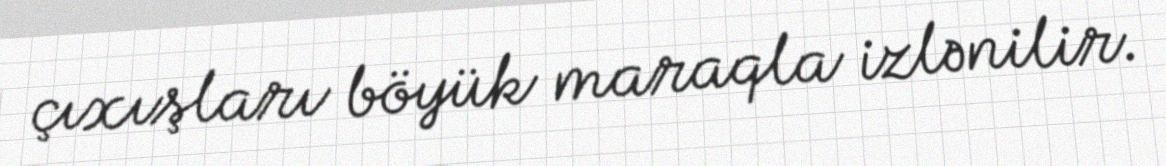
çıxışları böyük maraqla izlənilir.